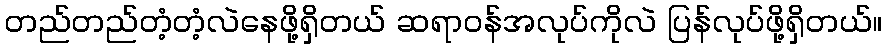
တည်တည်တံ့တံ့လဲနေဖို့ရှိတယ် ဆရာဝန်အလုပ်ကိုလဲ ပြန်လုပ်ဖို့ရှိတယ်။